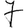
Digit: 7